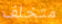
متخلف